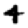
Digit: 4